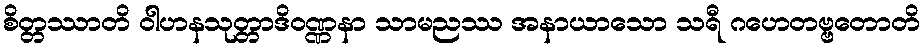
စိတ္တဿာတိ ဝါဟနသုတ္တာဒိဝဏ္ဏနာ သာမညဿ အနာယာသော သရီ ဂဟေတဗ္ဗတောတိ